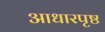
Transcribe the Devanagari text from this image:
आधारपृष्ठ